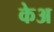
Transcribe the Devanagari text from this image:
केअ